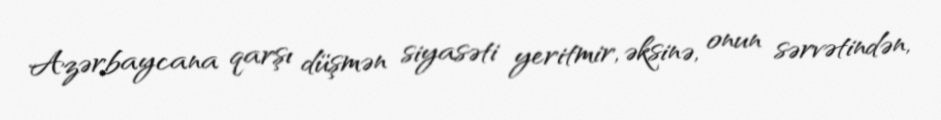
Azərbaycana qarşı düşmən siyasəti yeritmir, əksinə, onun sərvətindən,